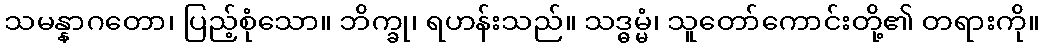
သမန္နာဂတော၊ ပြည့်စုံသော။ ဘိက္ခု၊ ရဟန်းသည်။ သဒ္ဓမ္မံ၊ သူတော်ကောင်းတို့၏ တရားကို။